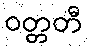
ဝတ္တတီ